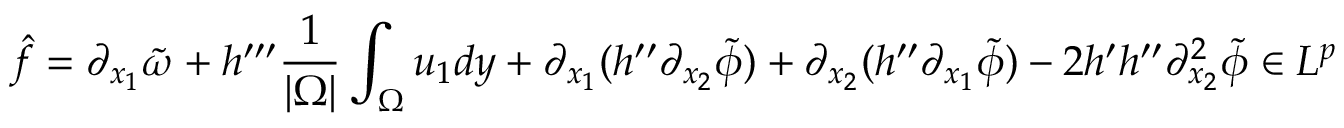
\hat { f } = \partial _ { x _ { 1 } } \tilde { \omega } + h ^ { \prime \prime \prime } \frac { 1 } { | \Omega | } \int _ { \Omega } u _ { 1 } d y + \partial _ { x _ { 1 } } ( h ^ { \prime \prime } \partial _ { x _ { 2 } } \tilde { \phi } ) + \partial _ { x _ { 2 } } ( h ^ { \prime \prime } \partial _ { x _ { 1 } } \tilde { \phi } ) - 2 h ^ { \prime } h ^ { \prime \prime } \partial _ { x _ { 2 } } ^ { 2 } \tilde { \phi } \in L ^ { p }